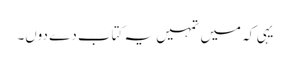
یہی کہ میں تمہیں یہ کتاب دے دوں۔